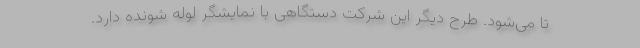
تا می‌شود. طرح دیگر این شرکت دستگاهی با نمایشگر لوله شونده دارد.